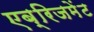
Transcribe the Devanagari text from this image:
एब्रिजमेंट